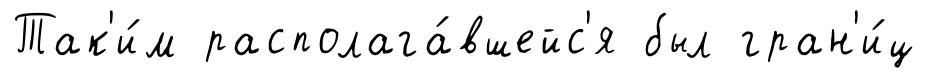
Так'и́м располага́вшейс'я был гран'и́ц